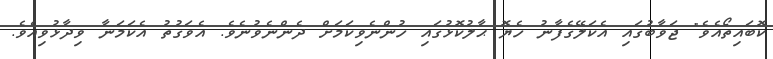
ކޮބައިތޯއެވެ" ޖަވާބުގައި އެކަލޭގެފާނު ހެޔޮ ޙާލުކޮޅުގައި ހުންނެވިކަމަށް ދެންނެވުނެވެ. އެވަގުތު އެކަމަނާ ވިދާޅުވިއެވެ.